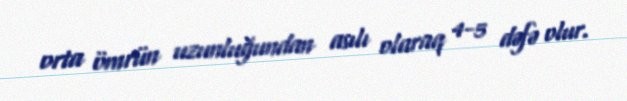
orta ömrün uzunluğundan asılı olaraq 4-5 dəfə olur.